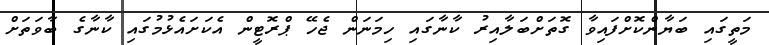
މަތީގައި ބަޔާންކޮށްފައިވާ ގޮތަށްބަލާއިރު ކާނާގައި ހިމަނަން ޖެހޭ ޕްރޮޓީން އެކަށައެޅުމުގައި ކާނާގެ ބާވަތަށް